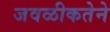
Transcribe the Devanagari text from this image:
जवळीकतेने